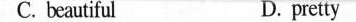
C. beautiful D. pretty